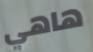
هاهي